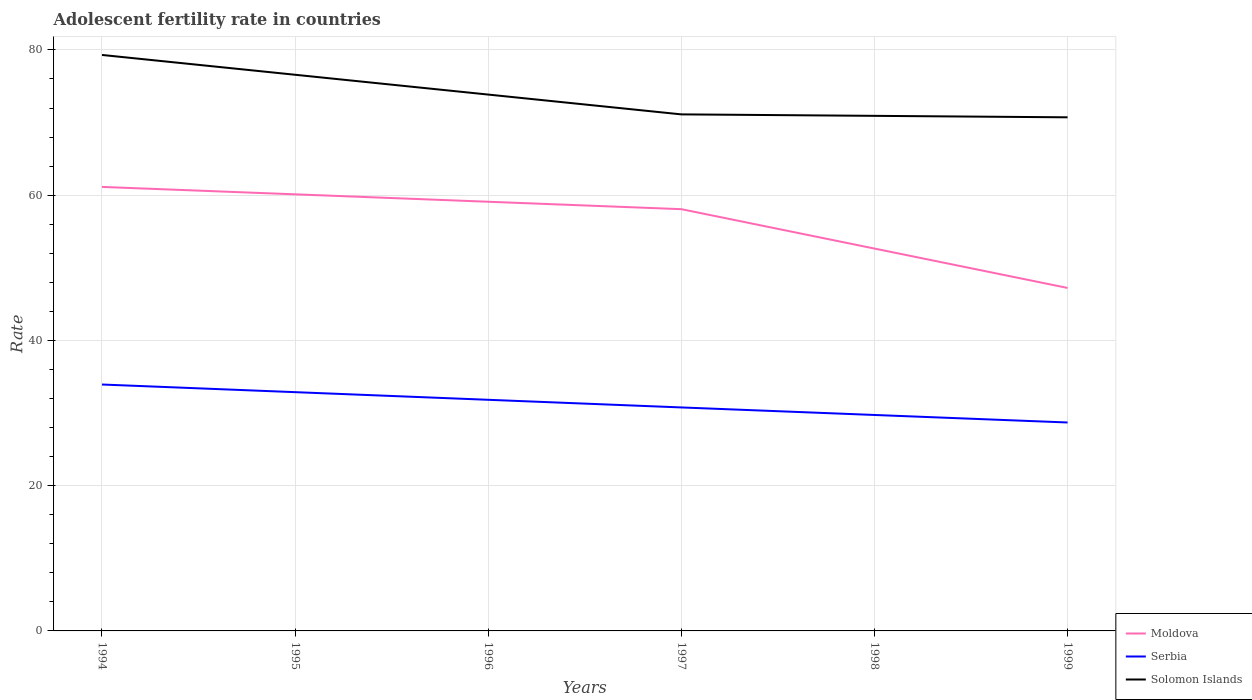
| Years | Moldova | Serbia | Solomon Islands |
 | --- | --- | --- | --- |
 | 1994 | 61.1 | 33.9 | 79.3 |
 | 1995 | 60.1 | 32.9 | 76.6 |
 | 1996 | 59.1 | 31.8 | 73.9 |
 | 1997 | 58.1 | 30.8 | 71.1 |
 | 1998 | 52.6 | 29.7 | 70.9 |
 | 1999 | 47.2 | 28.7 | 70.7 |